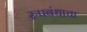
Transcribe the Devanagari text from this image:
रुपबंधाचा